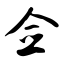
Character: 佥